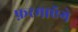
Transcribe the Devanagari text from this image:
फ़रमाएॅगे